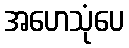
အဟေသုံပေ